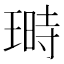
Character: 𤨅